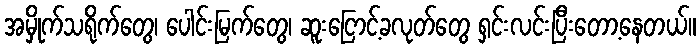
အမှိုက်သရိုက်တွေ၊ ပေါင်းမြက်တွေ၊ ဆူးငြောင့်ခလုတ်တွေ ရှင်းလင်းပြီးတော့နေတယ်။